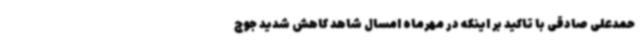
حمدعلی صادقی با تاکید بر اینکه در مهرماه امسال شاهد کاهش شدید جوج